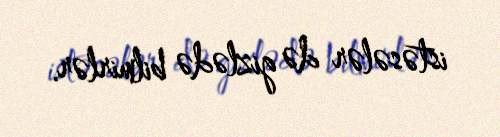
istəsələr də gizlədə bilmirlər.